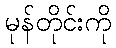
မုန်တိုင်းကို